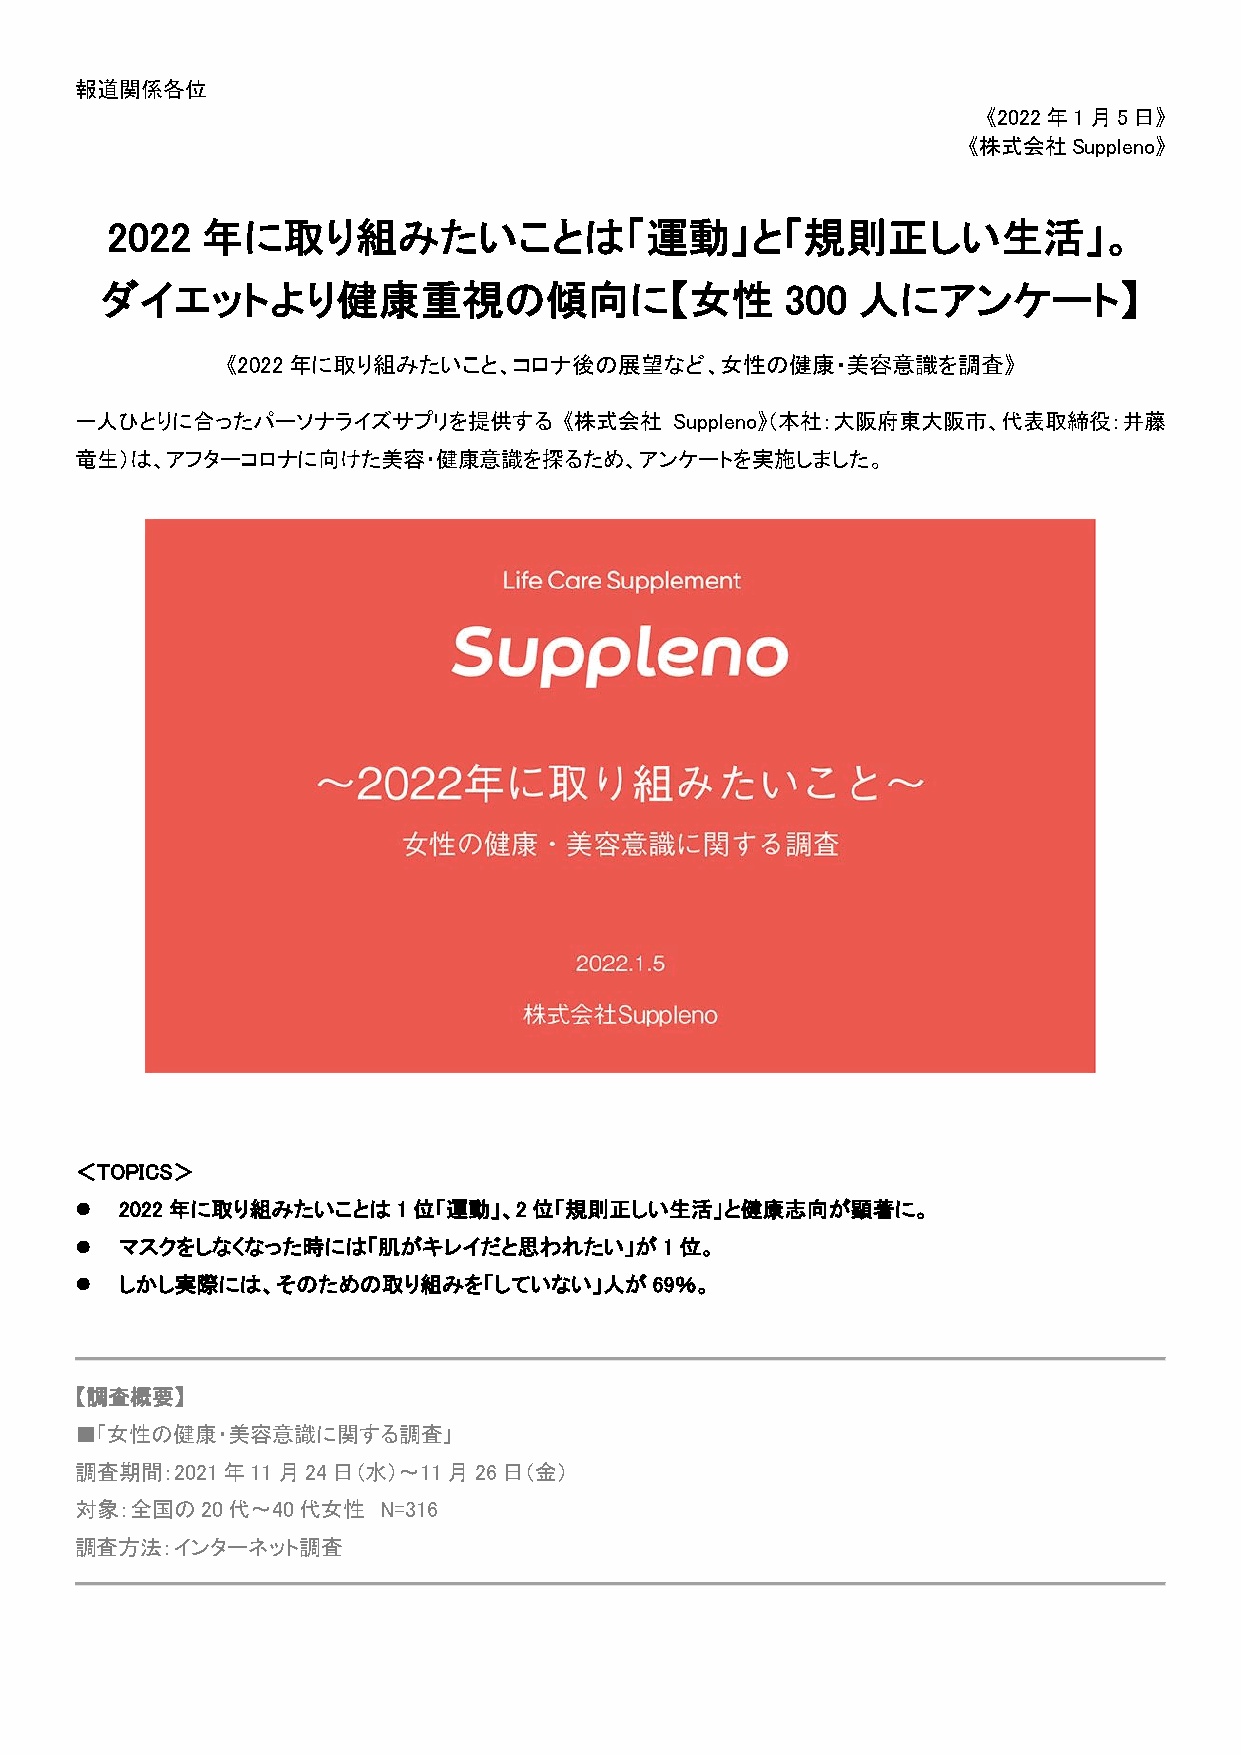
報道関係各位
 《2022年1月5日》
 《株式会社Suppleno》
 2022  年に取り組みたいことは「運動」と「規則正しい生活」。
 ダイエットより健康重視の傾向に【女性                           300  人にアンケート】
 《2022年に取り組みたいこと、コロナ後の展望など、女性の健康・美容意識を調査》
 一人ひとりに合ったパーソナライズサプリを提供する        《株式会社   Suppleno》（本社：大阪府東大阪市、代表取締役：井藤
 竜生）は、アフターコロナに向けた美容・健康意識を探るため、アンケートを実施しました。
 ＜TOPICS＞
 ⚫  2022年に取り組みたいことは1位「運動」、2位「規則正しい生活」と健康志向が顕著に。
 ⚫  マスクをしなくなった時には「肌がキレイだと思われたい」が1位。
 ⚫  しかし実際には、そのための取り組みを「していない」人が69％。
 【調査概要】
 ■「女性の健康・美容意識に関する調査」
 調査期間：2021年11月24日（水）～11月26日（金）
 対象：全国の20代～40代女性     N=316
 調査方法：インターネット調査